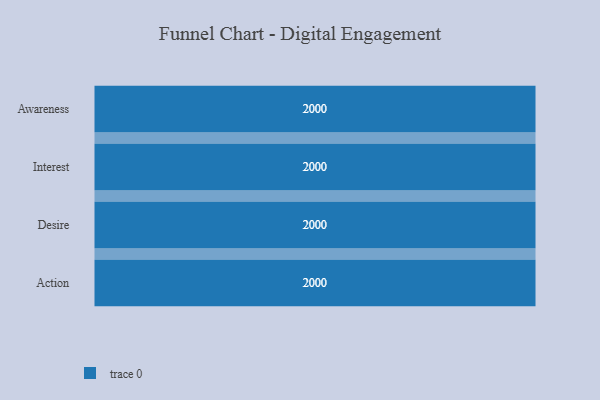
{"axis": {"x": "Stage", "y": "Value"}, "legend": [""], "data": [{"x": "Awareness", "y": 2000, "type": ""}, {"x": "Interest", "y": 2000, "type": ""}, {"x": "Desire", "y": 2000, "type": ""}, {"x": "Action", "y": 2000, "type": ""}]}